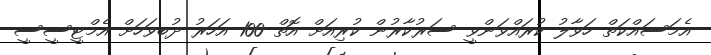
އެމަސައްކަތް ހަވާލު ކުރައްވަންވީ ސަރުކާރުން ކުރިއަށް އޮތް 100 އަހަރު ދުބވަހަށް އެމްޓީސީސީ